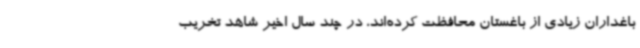
باغداران زیادی از باغستان محافظت کرده‌اند، در چند سال اخیر شاهد تخریب